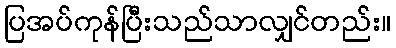
ပြအပ်ကုန်ပြီးသည်သာလျှင်တည်း။